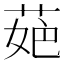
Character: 𦲛